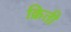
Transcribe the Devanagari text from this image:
क्रिती